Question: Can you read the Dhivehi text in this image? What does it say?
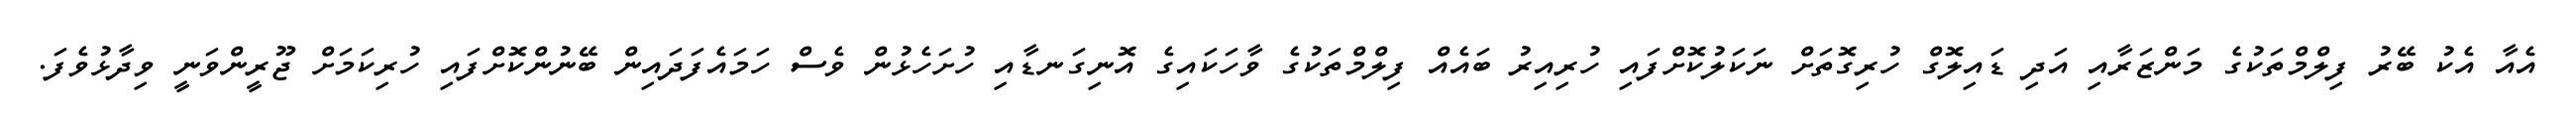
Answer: އެއާ އެކު ބޭރު ފިލްމްތަކުގެ މަންޒަރާއި އަދި ޑައިލޮގް ހުރިގޮތަށް ނަކަލުކޮށްފައި ހުރިއިރު ބައެއް ފިލްމްތަކުގެ ވާހަކައިގެ އޮނިގަނޑާއި ހުށަހެޅުން ވެސް ހަމައެފަދައިން ބޭނުންކޮށްފައި ހުރިކަމަށް ޖޫރީންވަނީ ވިދާޅުވެފަ.